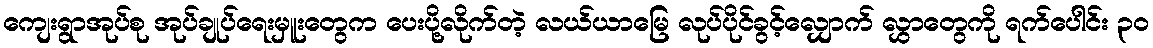
ကျေးရွာအုပ်စု အုပ်ချုပ်ရေးမှူးတွေက ပေးပို့လိုက်တဲ့ လယ်ယာမြေ လုပ်ပိုင်ခွင့်လျှောက် လွှာတွေကို ရက်ပေါင်း ၃၀